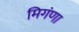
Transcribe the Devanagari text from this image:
मिगंणा